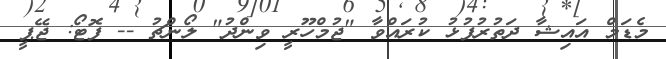
މެޑަމް އައިޝާ ދަތުރުފުޅު ކުރައްވާ "ޖުމްހޫރީ ވިންދު" ލޯންޗު -- ފޮޓޯ: ޖޭޕީ